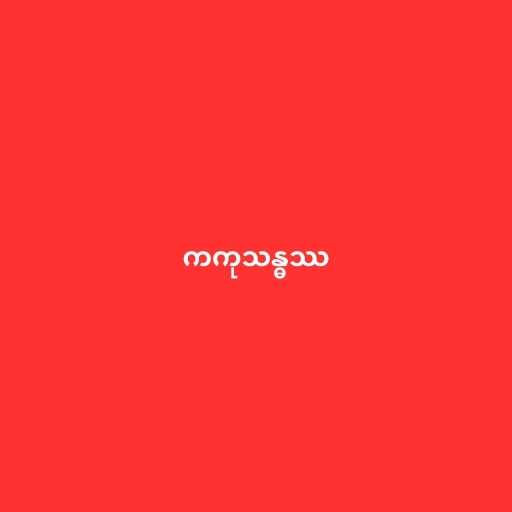
ကကုသန္ဓဿ